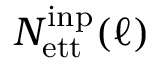
N _ { \mathrm { e t t } } ^ { \mathrm { i n p } } ( \ell )